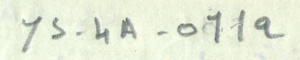
YS-4A-011a